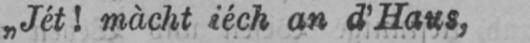
„Jét! màcht iéch an d’Haus,